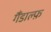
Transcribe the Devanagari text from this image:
गैंडाल्फ़